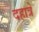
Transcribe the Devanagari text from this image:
दहात्रे